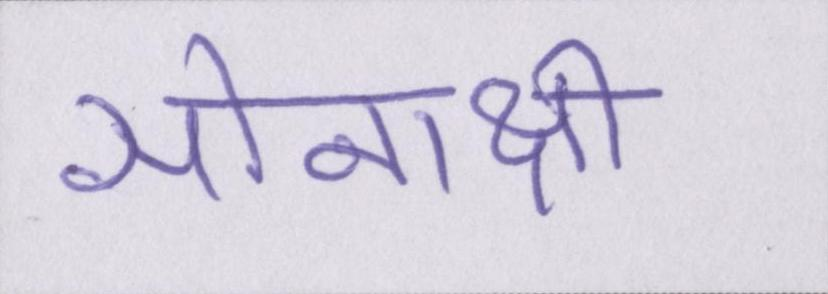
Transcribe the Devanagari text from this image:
सोनाक्षी